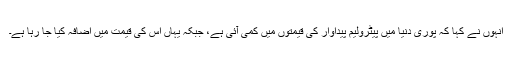
انہوں نے کہا کہ پوری دنیا میں پیٹرولیم پیداوار کی قیمتوں میں کمی آئی ہے، جبکہ یہاں اس کی قیمت میں اضافہ کیا جا رہا ہے۔